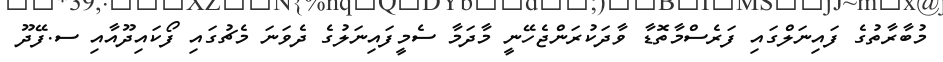
މުބާރާތުގެ ފައިނަލްގައި ފަރެސްމާތޮޑާ ވާދަކުރަންޖެހޭނީ މާދަމާ ސެމީފައިނަލުގެ ދެވަނަ މެޗުގައި ފޯކައިދޫއާއި ސ.ފޭދޫ